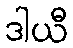
ဒါယီ